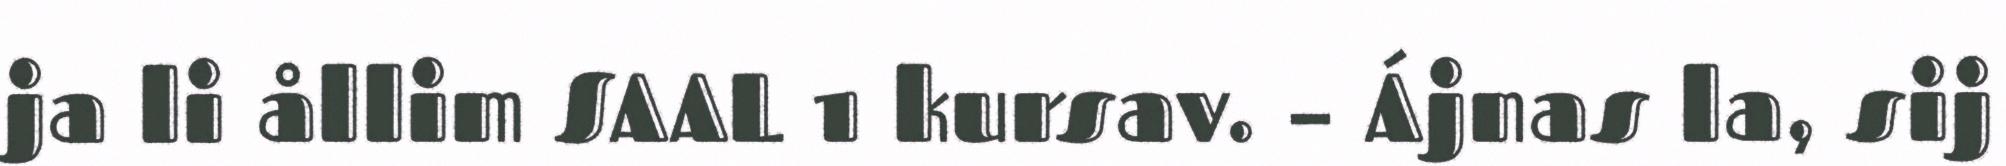
ja li ållim SAAL 1 kursav. – Ájnas la, sij